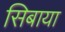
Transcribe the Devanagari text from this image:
सिबाया